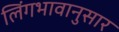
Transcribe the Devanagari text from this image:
लिंगभावानुसार